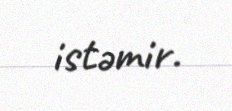
istəmir.